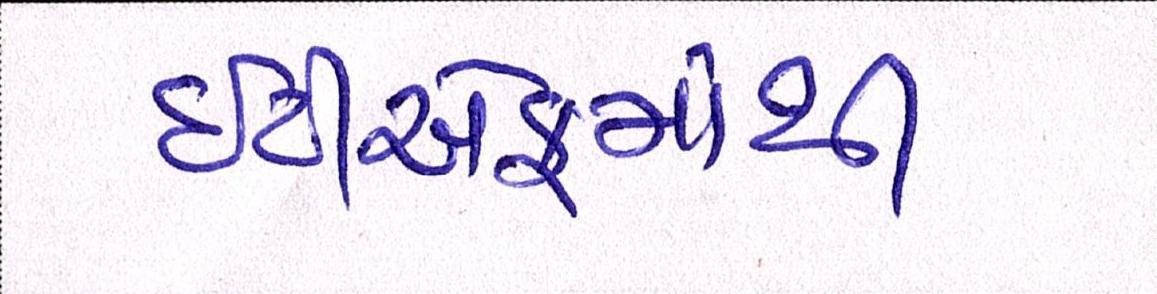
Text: ઇટીએફમાંથી